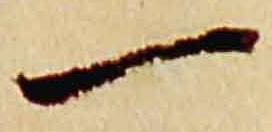
一